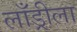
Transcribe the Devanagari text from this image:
लाँड्रीला